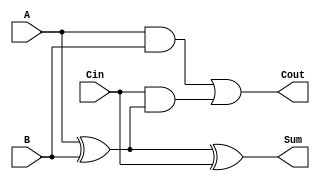
module TreeStructuredFullAdder (
    input wire A,      // First binary input
    input wire B,      // Second binary input
    input wire Cin,    // Carry-in
    output wire Sum,   // Sum output
    output wire Cout   // Carry-out output
);

    // Intermediate signals
    wire AxorB;        // Result of A XOR B

    // Layer 1: Compute Sum using XOR gates
    assign AxorB = A ^ B;        // A XOR B
    assign Sum = AxorB ^ Cin;    // (A XOR B) XOR Cin

    // Layer 2: Compute Carry-out using AND and OR gates
    wire AandB;        // Result of A AND B
    wire CinAndAxorB; // Result of Cin AND (A XOR B)

    assign AandB = A & B;                     // A AND B
    assign CinAndAxorB = Cin & AxorB;         // Cin AND (A XOR B)
    assign Cout = AandB | CinAndAxorB;        // Carry-out = (A AND B) OR (Cin AND (A XOR B))

endmodule